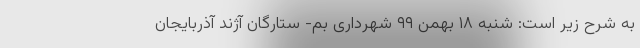
به شرح زیر است: شنبه ۱۸ بهمن ۹۹ شهرداری بم- ستارگان آژند آذربایجان